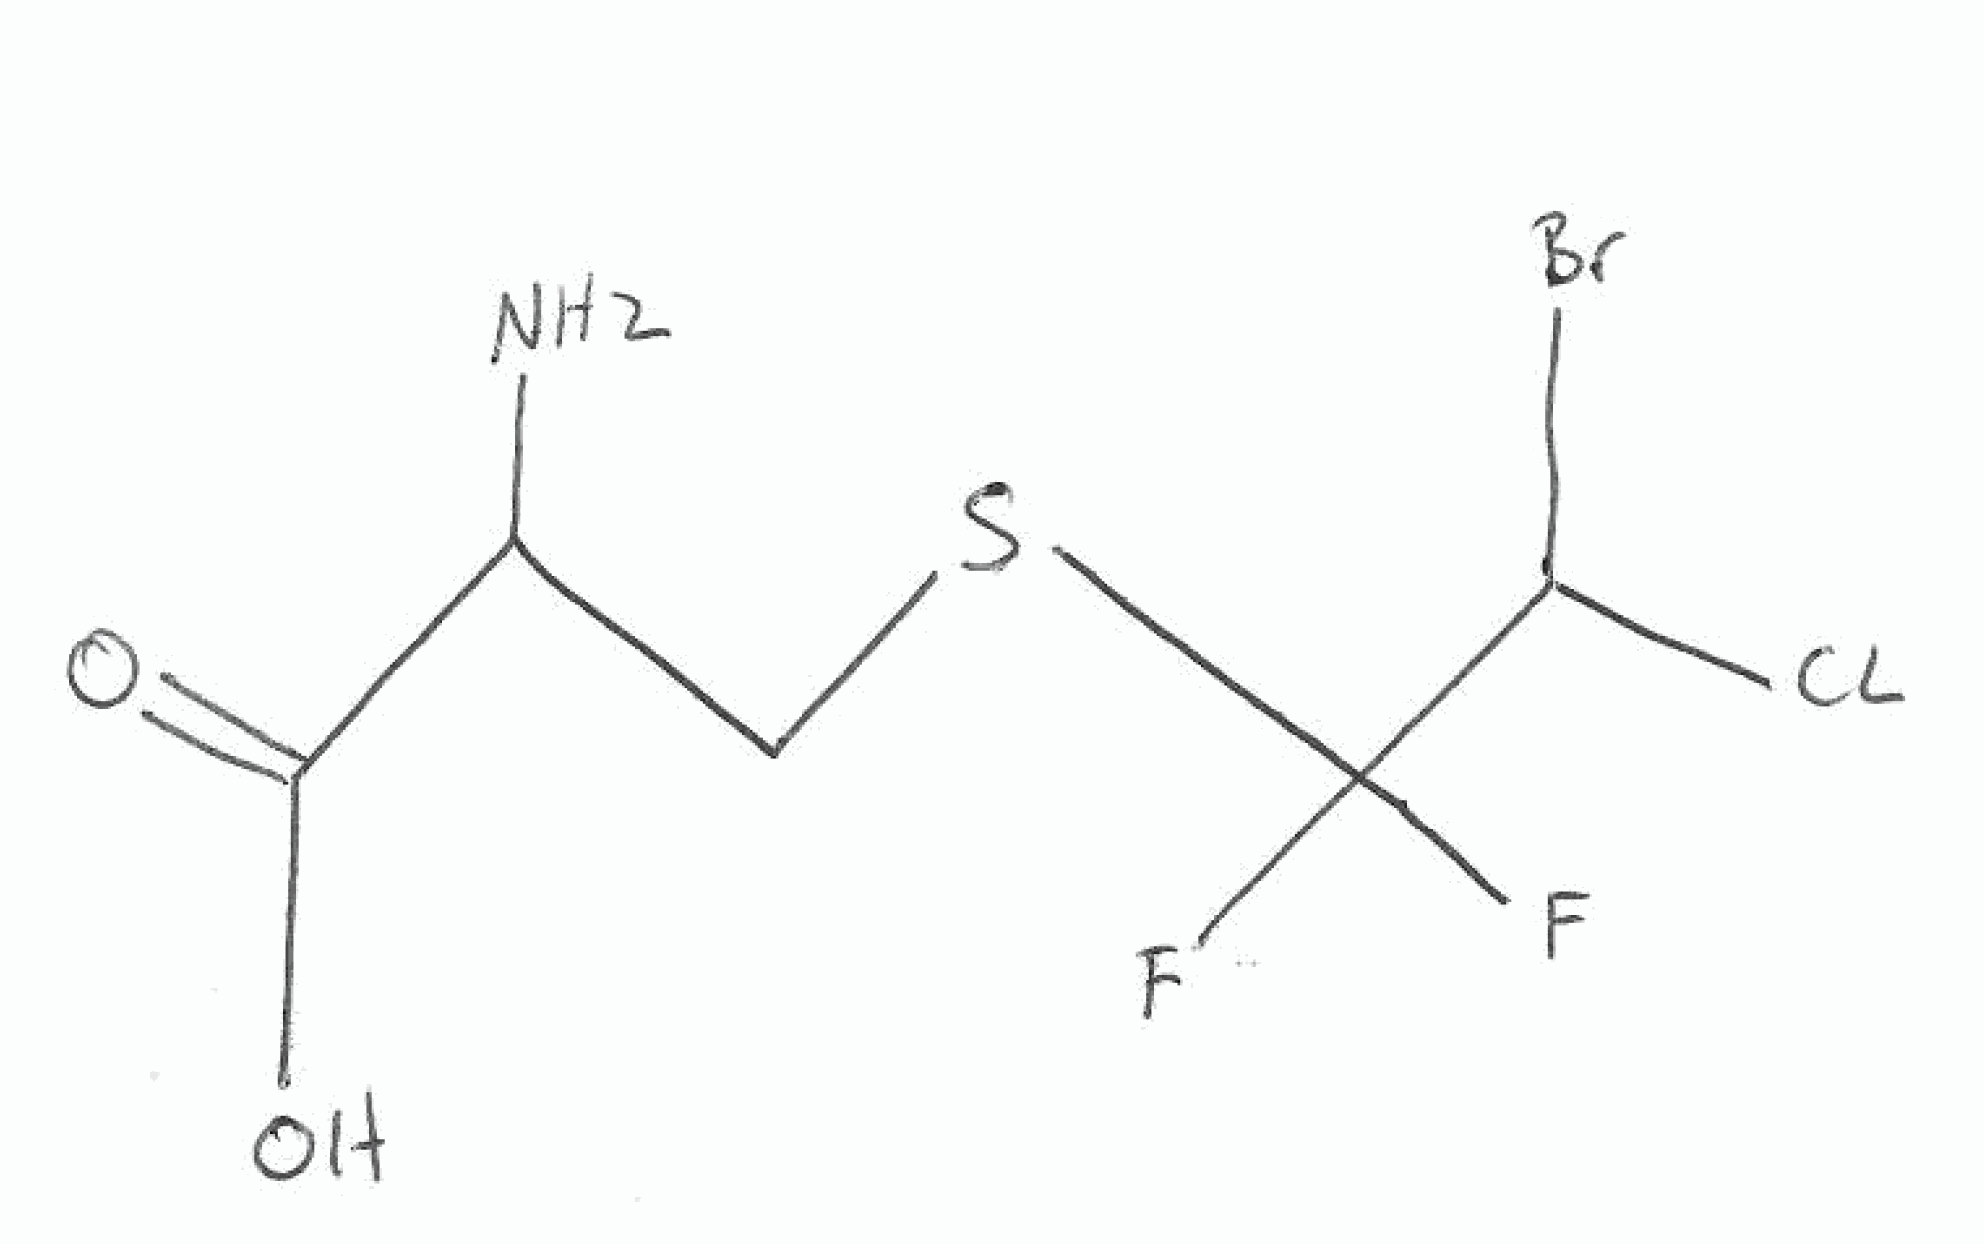
Simplified molecular-input line-entry system (SMILES) notation of the given molecule:
C(C(C(=O)O)N)SC(C(Cl)Br)(F)F